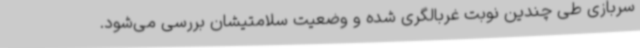
سربازی طی چندین نوبت غربالگری شده و وضعیت سلامتیشان بررسی می‌شود.